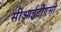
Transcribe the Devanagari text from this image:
सीआईटीएसी